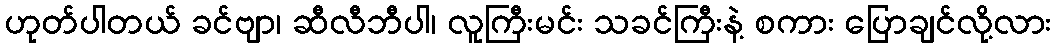
ဟုတ်ပါတယ် ခင်ဗျာ၊ ဆီလီဘီပါ၊ လူကြီးမင်း သခင်ကြီးနဲ့ စကား ပြောချင်လို့လား